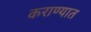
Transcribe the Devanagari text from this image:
कराण्यात